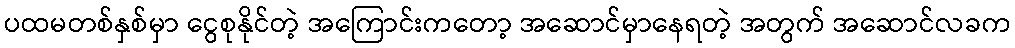
ပထမတစ်နှစ်မှာ ငွေစုနိုင်တဲ့ အကြောင်းကတော့ အဆောင်မှာနေရတဲ့ အတွက် အဆောင်လခက